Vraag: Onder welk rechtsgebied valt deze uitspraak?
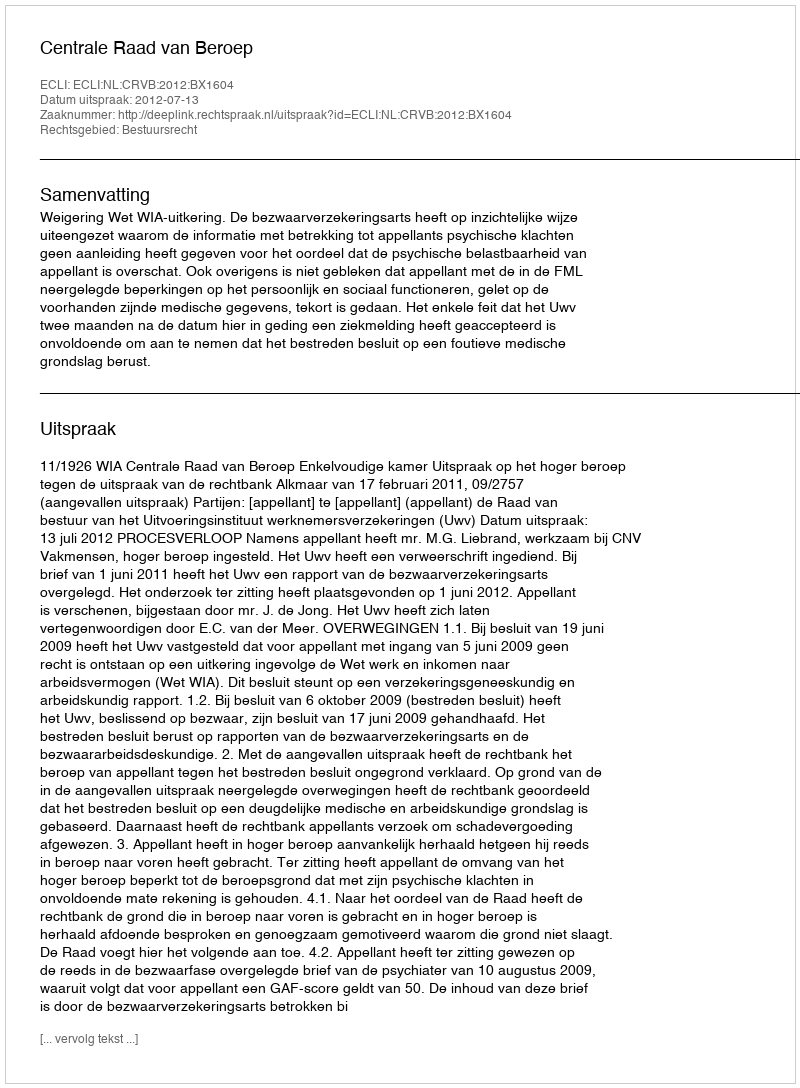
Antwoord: Bestuursrecht